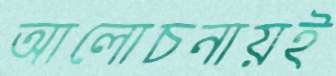
আলোচনায়ই